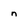
Character: n